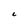
Character: C